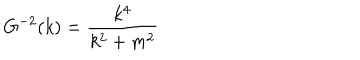
G ^ { - 2 } ( k ) = \frac { k ^ { 4 } } { k ^ { 2 } + m ^ { 2 } }